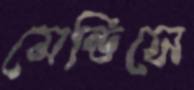
মেন্ডিসে